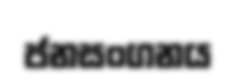
ජනසංගනය